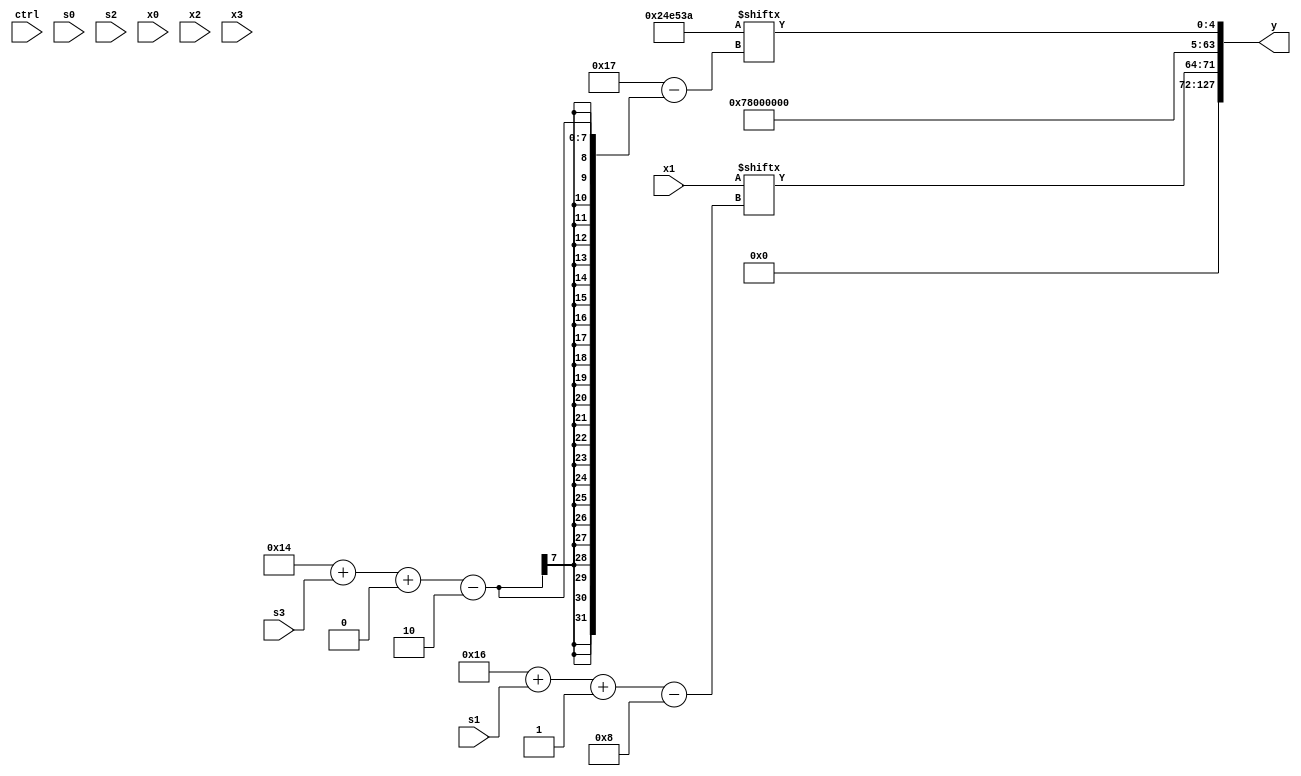
module partsel_00169(ctrl, s0, s1, s2, s3, x0, x1, x2, x3, y);
  input [3:0] ctrl;
  input [2:0] s0;
  input [2:0] s1;
  input [2:0] s2;
  input [2:0] s3;
  input [31:0] x0;
  input [31:0] x1;
  input [31:0] x2;
  input [31:0] x3;
  wire [6:29] x4;
  wire signed [7:26] x5;
  wire signed [5:31] x6;
  wire [28:1] x7;
  wire signed [26:3] x8;
  wire signed [29:6] x9;
  wire signed [0:30] x10;
  wire signed [6:25] x11;
  wire [0:30] x12;
  wire signed [2:29] x13;
  wire signed [1:26] x14;
  wire [5:24] x15;
  output [127:0] y;
  wire [31:0] y0;
  wire signed [31:0] y1;
  wire signed [31:0] y2;
  wire [31:0] y3;
  assign y = {y0,y1,y2,y3};
  localparam signed [3:29] p0 = 528570493;
  localparam [30:1] p1 = 479303866;
  localparam [2:29] p2 = 807724346;
  localparam [2:25] p3 = 596894465;
  assign x4 = {x1, (({2{{2{x0}}}} ^ p0) - x0)};
  assign x5 = x1;
  assign x6 = p0[21 + s2 +: 3];
  assign x7 = p3[26 + s2 +: 1];
  assign x8 = {p0[19 +: 4], (({(x2[15 + s1] - x6[7 + s2]), (p0[6 + s3] + (p0[7 + s1 -: 2] & p2))} + x5[15 + s1 +: 8]) - ({p2[15 +: 4], {(p0[12] - x1), x1[10 + s1 -: 7]}} + (ctrl[1] && ctrl[0] || ctrl[1] ? p2[13 + s3] : x3)))};
  assign x9 = {(p0[12 +: 1] ^ x0[12 +: 3]), ((((x7[12] & x0[10]) | {2{p0[18]}}) | {2{p1[14 +: 3]}}) | x4[14 + s3])};
  assign x10 = p1[16];
  assign x11 = (x7[15] + (!ctrl[2] && !ctrl[3] || ctrl[1] ? {2{{p0[0 + s1 +: 1], (p1[13 -: 4] - p1[22 -: 4])}}} : (p3[15 +: 4] & x6[13 +: 3])));
  assign x12 = {((x8[16 + s2] - p2[18 -: 4]) - x9), (p3[10 + s3] - (ctrl[3] && !ctrl[1] && ctrl[3] ? x0[15 + s0] : ((p0 & p0[19 + s1 -: 3]) ^ x8[17 + s0 +: 7])))};
  assign x13 = (ctrl[3] || !ctrl[3] && !ctrl[2] ? x5[16 + s0] : (ctrl[3] || ctrl[0] || !ctrl[2] ? x3[21 -: 1] : (ctrl[2] || !ctrl[0] || !ctrl[2] ? x0[7 + s2 +: 4] : (!ctrl[3] || !ctrl[2] && !ctrl[2] ? x1[30 + s2 +: 7] : {2{p3[28 + s1 -: 6]}}))));
  assign x14 = p3[10 + s3 -: 8];
  assign x15 = ((p0[8 +: 4] - (x13[14] - x6[21 -: 2])) - (p0[18 + s1 -: 5] ^ p1[9]));
  assign y0 = {2{{2{{2{p0[12 +: 1]}}}}}};
  assign y1 = x1[22 + s1 -: 8];
  assign y2 = p3[8 +: 4];
  assign y3 = p2[20 + s3 +: 5];
endmodule